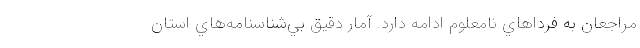
مراجعان به فرداهاي نامعلوم ادامه دارد. آمار دقيق بي‌شناسنامه‌هاي استان